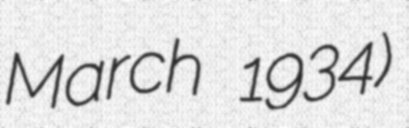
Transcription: March 1934)